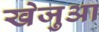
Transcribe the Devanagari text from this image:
खेजुआ